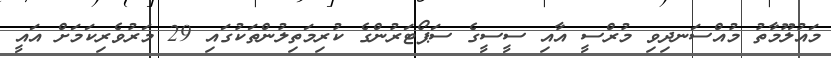
މައުލޫމާތު މުއްސަނދިވި މުރްސީ އާއި ސީސީގެ ސަޕޯޓަރުންގެ ކުރިމަތިލުންތަކުގައި 29 މަރުވެރިކަމަށް އައީ